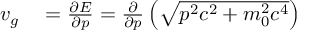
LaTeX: \begin{array} { r l } { v _ { g } } & { { } = { \frac { \partial E } { \partial p } } = { \frac { \partial } { \partial p } } \left( { \sqrt { p ^ { 2 } c ^ { 2 } + m _ { 0 } ^ { 2 } c ^ { 4 } } } \right) } \end{array}